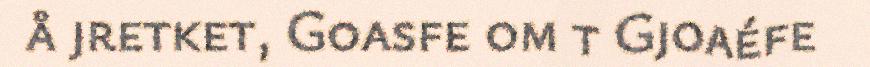
å jretket, Goasfe om t Gjoaéfe